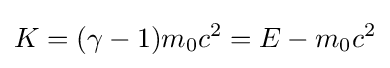
K=(\gamma -1)m_{0}c^{2}=E-m_{0}c^{2}